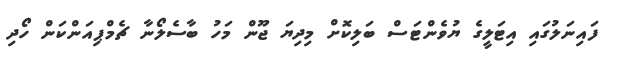
ފައިނަލުގައި އިޓަލީގެ ޔުވެންޓަސް ބަލިކޮށް މިދިޔަ ޖޫން މަހު ބާސެލޯނާ ޗެމްޕިއަންކަން ހޯދި